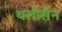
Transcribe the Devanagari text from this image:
थलीसैन